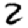
Digit: 2